system: You are a helpful assistant.
user:
Analyze the provided spectrum to determine if it is a **Carbon Star (C-type)**.

- **Key Visual Indicators of Carbon Star:**
    - **(Primary):** Strong molecular absorption from **C₂ (diatomic carbon) "Swan Bands."** This is the **defining feature** of a carbon star.
        - **(Key Bandheads):** Sharp absorption edges are visible at approximately $5635$ Å, $5165$ Å (the strongest band), and $4737$ Å.
        - **(Line Profile):** Creates a distinct **"saw-tooth"** pattern. The key morphology is a sharp, steep bandhead on the **red (long-wavelength) side**, which then gradually tapers off (i.e., flux recovers) towards the **blue (short-wavelength) side**. *(This is the direct opposite of the TiO bands seen in M-type stars)*.

    - **(Secondary):** Intense **CN (cyanogen)** molecular absorption bands.
        - **(Key Bandheads):** Located in the blue and violet regions of the spectrum (e.g., near $4215$ Å and $3883$ Å).
        - **(Morphology):** These bands are extremely broad and act as a "blanket," absorbing the vast majority of blue and violet light. This creates a characteristic **"cliff"** or **"steep drop-off"** in the spectrum's flux at short wavelengths.

    - **(Key Confirmation):** Strong **CH absorption band (G-band)**.
        - **(Key Bandhead):** Located around $4300$ Å. The contribution from CH molecules to this band is exceptionally strong.

    - **(Overall Spectrum):**
        - The continuum is severely "chopped up" by these deep molecular bands, especially C₂, rather than appearing as a smooth curve.
        - Due to the heavy CN and C₂ absorption in the blue-green, the vast majority of the star's flux is concentrated in the red part of the spectrum, giving the star its characteristic deep red color.

Think first, call **spectral_visualization_tool** if needed to examine features in detail, then provide your final answer. Your response must adhere to the following strict rules:
1.  **Overall Structure:** Your response must follow the format `<think>...</think> <tool_call>...</tool_call> (if a tool is used) <answer>...</answer>`.
2.  **Tool Usage Constraint:** You may only make **one** tool call per turn.
3.  **Final Answer Format:** In the `<answer>` tag, your conclusion must be inside a `\boxed{}` command (e.g., `\boxed{YES}`), followed by your justification.

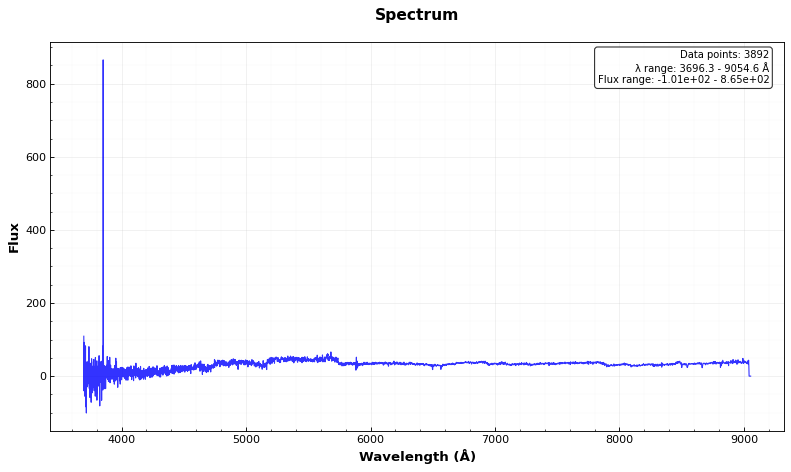
Answer: YES